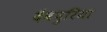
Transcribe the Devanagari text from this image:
देवपुरिया